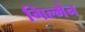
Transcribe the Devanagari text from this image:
गिल्मेन